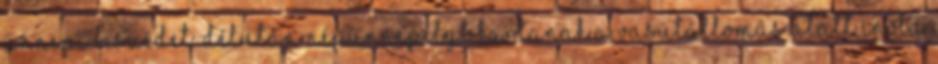
ünnepi beszédet. Délután népünnepélyt tartanak a vasútállomás alatt Inota